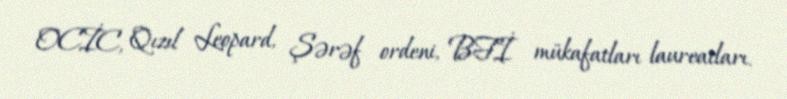
OCİC, Qızıl Leopard, Şərəf ordeni, BFİ mükafatları laureatları.